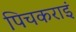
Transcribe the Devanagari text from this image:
पिचकराइं